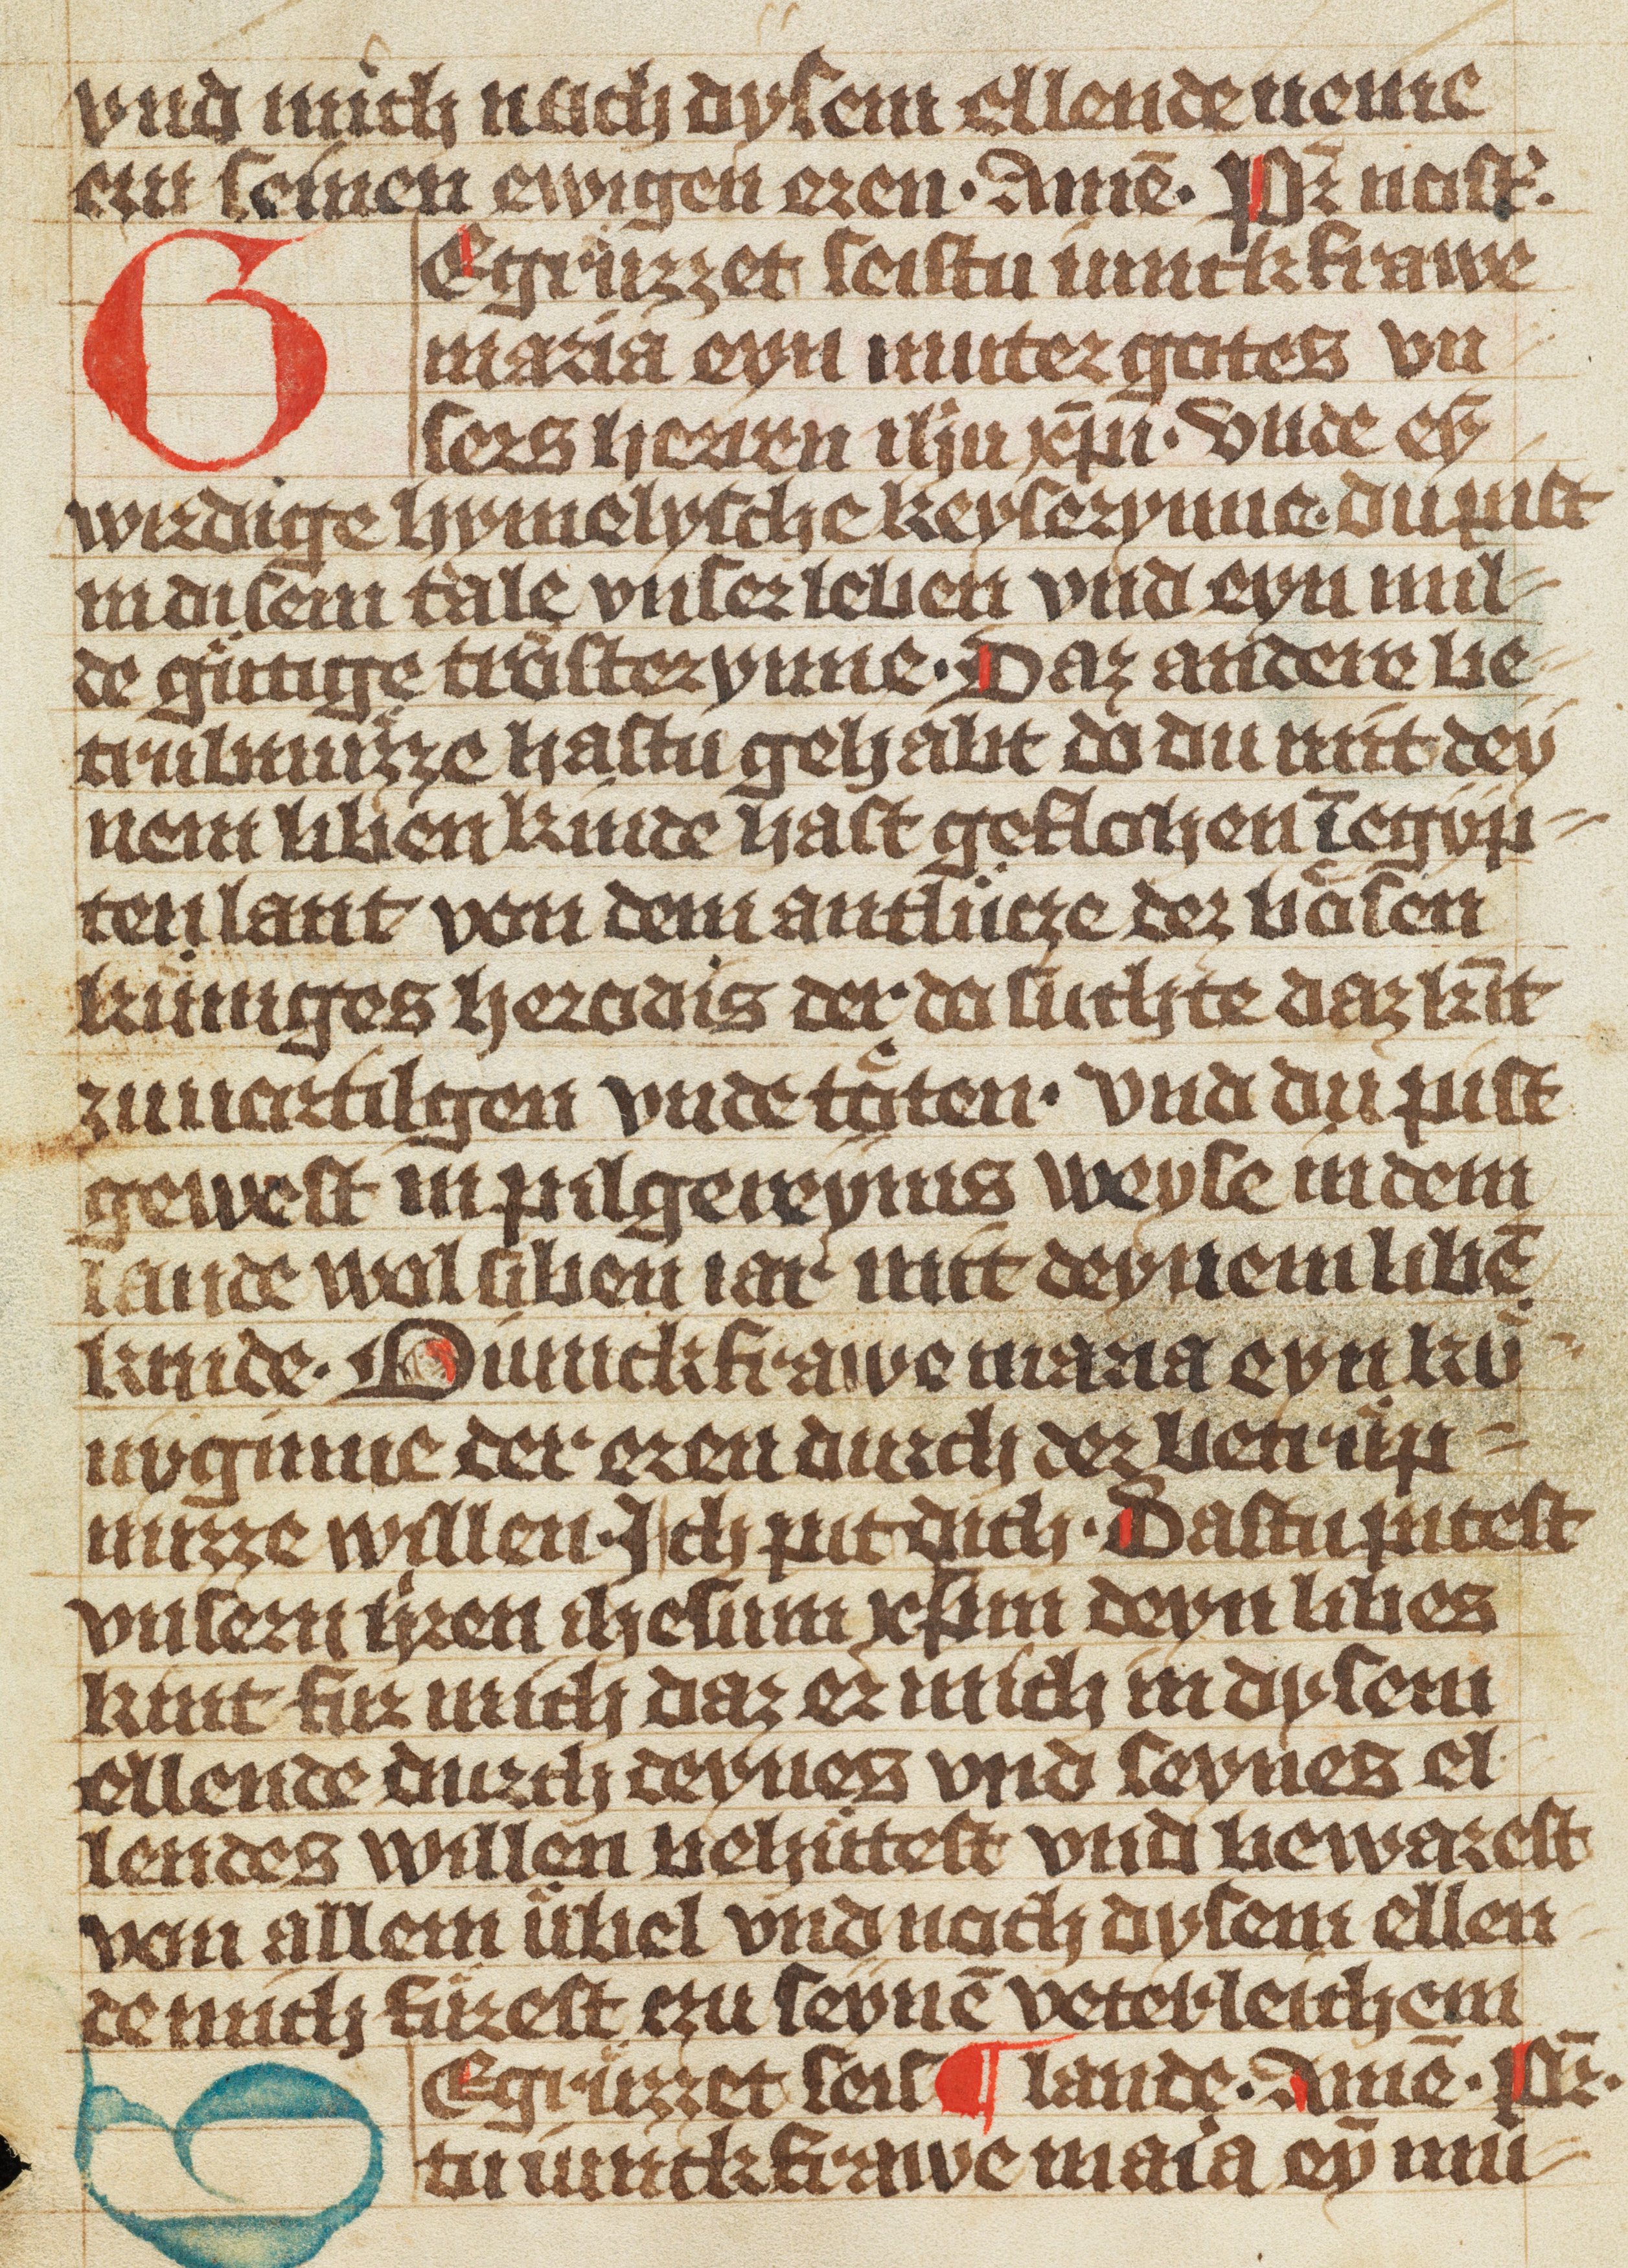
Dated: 1370–1449